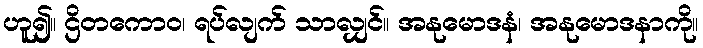
ဟူ၍။ ဌိတကောဝ၊ ရပ်လျက် သာလျှင်။ အနုမောဒနံ၊ အနုမောဒနာကို။